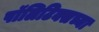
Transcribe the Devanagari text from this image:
पॉलिटिक्सच्या